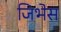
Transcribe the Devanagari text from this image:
जिभेस